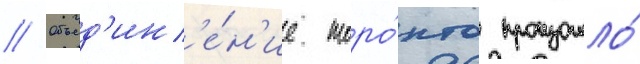
// Объед'ин'е́н'ие торо́нто произошло́